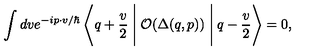
\int d v e ^ { - i p \cdot v / \hbar } \left< q + \frac { v } { 2 } \Biggm | { \cal O } ( \Delta ( q , p ) ) \Biggm | q - \frac { v } { 2 } \right> = 0 ,